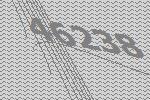
46238